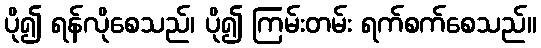
ပို၍ ရန်လိုစေသည်၊ ပို၍ ကြမ်းတမ်း ရက်စက်စေသည်။